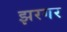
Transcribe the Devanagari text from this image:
झरगर